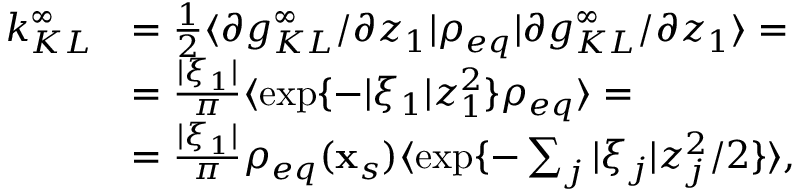
\begin{array} { r l } { k _ { K L } ^ { \infty } } & { = \frac { 1 } { 2 } \langle \partial g _ { K L } ^ { \infty } / \partial z _ { 1 } \rvert \rho _ { e q } \lvert \partial g _ { K L } ^ { \infty } / \partial z _ { 1 } \rangle = } \\ & { = \frac { | \xi _ { 1 } | } { \pi } \langle \exp \{ - | \xi _ { 1 } | z _ { 1 } ^ { 2 } \} \rho _ { e q } \rangle = } \\ & { = \frac { | \xi _ { 1 } | } { \pi } \rho _ { e q } ( \mathbf { x } _ { s } ) \langle \exp \{ - \sum _ { j } | \xi _ { j } | z _ { j } ^ { 2 } / 2 \} \rangle , } \end{array}